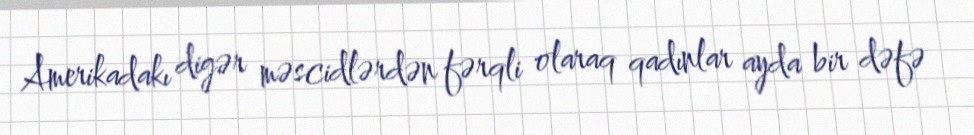
Amerikadakı digər məscidlərdən fərqli olaraq qadınlar ayda bir dəfə